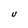
Character: U